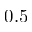
0 . 5